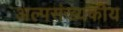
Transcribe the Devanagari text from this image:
अल्पसंख्यकीय